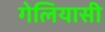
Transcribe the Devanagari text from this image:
गेलियासी